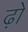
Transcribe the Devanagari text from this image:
ढ़ो